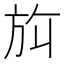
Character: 𬀀